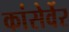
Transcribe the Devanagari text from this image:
कांसेर्वेर